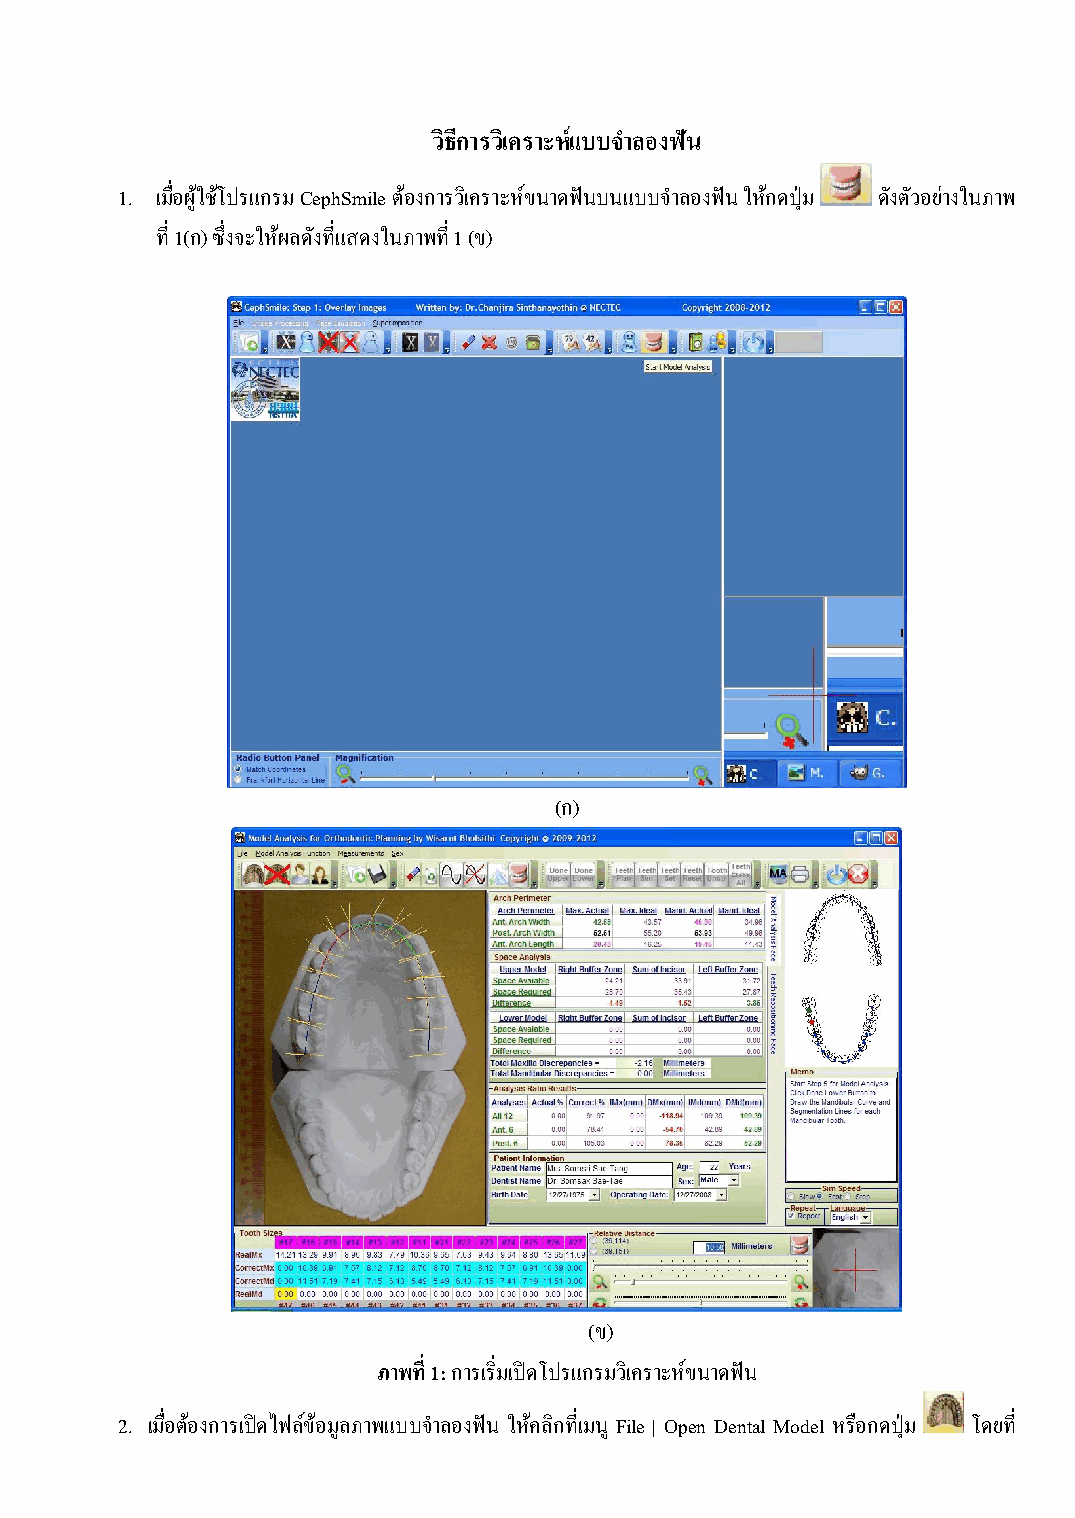
วิธีการวิเคราะห์แบบจ าลองฟัน
 1. เมื่อผู้ใช้โปรแกรม CephSmile ต้องการวิเคราะห์ขนาดฟันบนแบบจ าลองฟัน ให้กดปุ่ม ดังตัวอย่างในภาพ
 ที่ 1(ก) ซึ่งจะให้ผลดังที่แสดงในภาพที่ 1 (ข)
 (ก)
 (ข)
 ภาพที่ 1: การเริ่มเปิดโปรแกรมวิเคราะห์ขนาดฟัน
 2. เมื่อต้องการเปิดไฟล์ข้อมูลภาพแบบจ าลองฟัน ให้คลิกที่เมนู File | Open Dental Model หรือกดปุ่ม โดยที่
 167